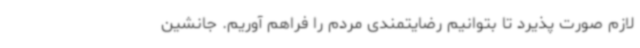
لازم صورت پذیرد تا بتوانیم رضایتمندی مردم را فراهم آوریم. جانشین